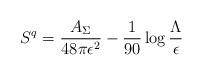
LaTeX: \begin{align*}S^q={A_\Sigma \over 48\pi \epsilon^2}-{1 \over 90} \log {\Lambda \over\epsilon}\end{align*}